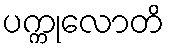
ပက္ကုလောတိ